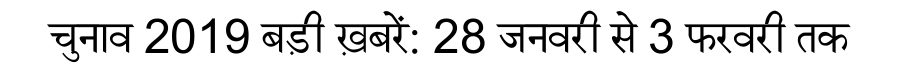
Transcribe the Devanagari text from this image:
चुनाव 2019 बड़ी ख़बरें: 28 जनवरी से 3 फरवरी तक